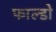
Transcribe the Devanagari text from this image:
फाल्डो